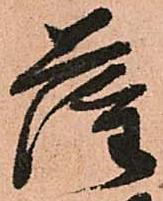
薩